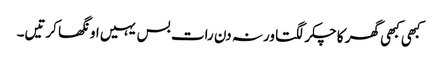
کبھی کبھی گھر کا چکر لگتا ورنہ دن رات بس یہیں اونگھا کرتیں۔